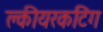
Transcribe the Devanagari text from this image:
क्लीयरकटिंग